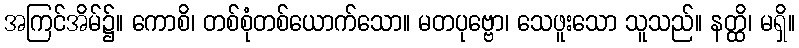
အကြင်အိမ်၌။ ကောစိ၊ တစ်စုံတစ်ယောက်သော။ မတပုဗ္ဗော၊ သေဖူးသော သူသည်။ နတ္ထိ၊ မရှိ။